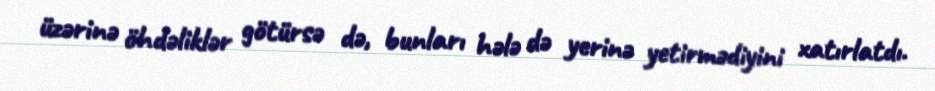
üzərinə öhdəliklər götürsə də, bunları hələ də yerinə yetirmədiyini xatırlatdı.